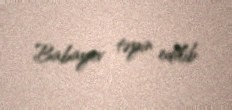
Babayev təyin edilib.